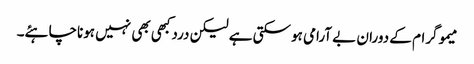
میموگرام کے دوران بے آرامی ہوسکتی ہے لیکن دردکبھی بھی نہیں ہوناچاہئے۔